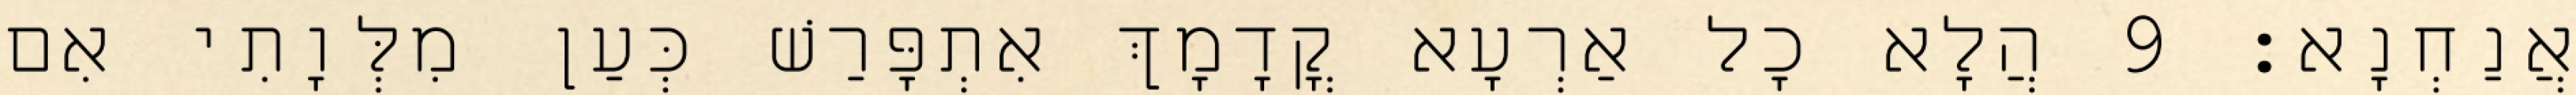
אֲנַחְנָא׃ 9 הֲלָא כָל אַרְעָא קֳדָמָךְ אִתְפָּרַשׁ כְּעַן מִלְּוָתִי אִם